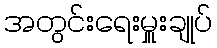
အတွင်းရေးမှူးချုပ်